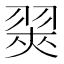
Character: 翜